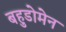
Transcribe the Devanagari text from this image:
बहुडोमेन